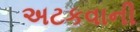
અટકવાની